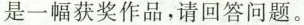
是一幅获奖作品，请回答问题。